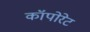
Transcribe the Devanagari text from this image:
कॉपोरेट